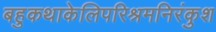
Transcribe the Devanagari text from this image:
बहुकथाकेलिपरिश्रमनिरंकुश